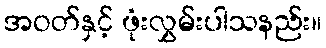
အဝတ်နှင့် ဖုံးလွှမ်းပါသနည်း။